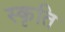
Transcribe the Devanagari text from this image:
स्कृति